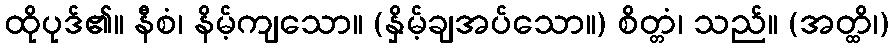
ထိုပုဒ်၏။ နီစံ၊ နိမ့်ကျသော။ (နှိမ့်ချအပ်သော။) စိတ္တံ၊ သည်။ (အတ္ထိ၊)